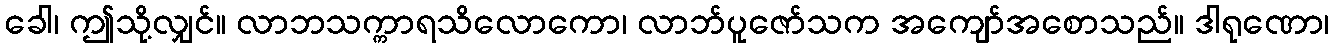
ခေါ၊ ဤသို့လျှင်။ လာဘသက္ကာရသိလောကော၊ လာဘ်ပူဇော်သက အကျော်အစောသည်။ ဒါရုဏော၊